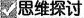
思维探讨